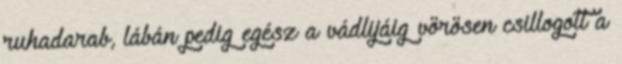
ruhadarab, lábán pedig egész a vádlijáig vörösen csillogott a